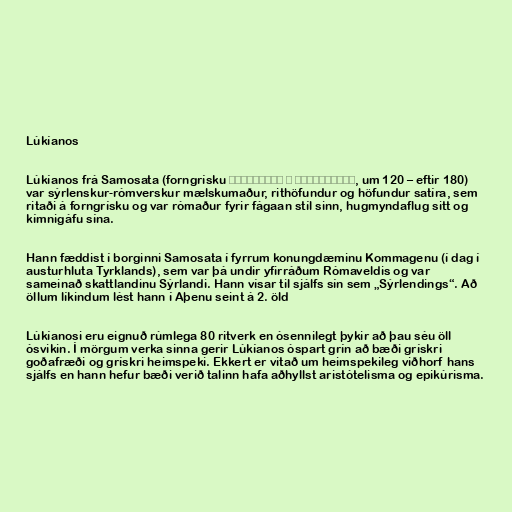
Lúkíanos

Lúkíanos frá Samosata (forngrísku Λουκιανὸς ὁ Σαμοσατεύς, um 120 – eftir 180)
var sýrlenskur-rómverskur mælskumaður, rithöfundur og höfundur satíra, sem
ritaði á forngrísku og var rómaður fyrir fágaan stíl sinn, hugmyndaflug sitt og
kímnigáfu sína.

Hann fæddist í borginni Samosata í fyrrum konungdæminu Kommagenu (í dag í
austurhluta Tyrklands), sem var þá undir yfirráðum Rómaveldis og var
sameinað skattlandinu Sýrlandi. Hann vísar til sjálfs sín sem „Sýrlendings“. Að
öllum líkindum lést hann í Aþenu seint á 2. öld

Lúkíanosi eru eignuð rúmlega 80 ritverk en ósennilegt þykir að þau séu öll
ósvikin. Í mörgum verka sinna gerir Lúkíanos óspart grín að bæði grískri
goðafræði og grískri heimspeki. Ekkert er vitað um heimspekileg viðhorf hans
sjálfs en hann hefur bæði verið talinn hafa aðhyllst aristótelisma og epikúrisma.